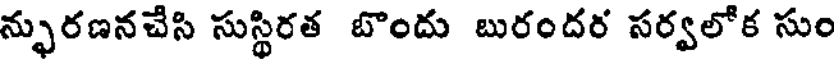
న్ఫురణనచేసి సుస్థిరత బొందు బురందర సర్వలోక సుం